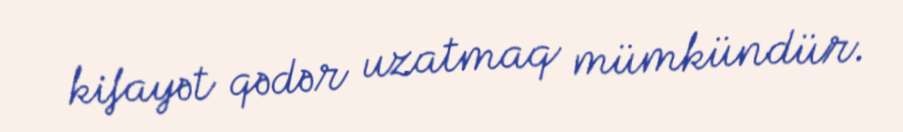
kifayət qədər uzatmaq mümkündür.